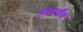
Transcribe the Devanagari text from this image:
तेलवर्गीय